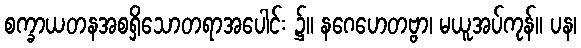
စက္ခာယတနအစရှိသောတရာအပေါင်း ၌။ နဂေဟေတဗ္ဗာ၊ မယူအပ်ကုန်။ ပန၊